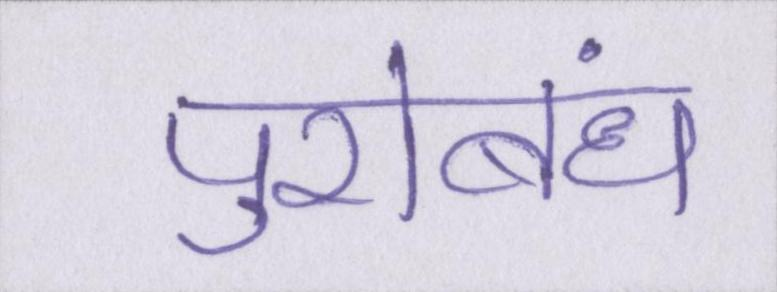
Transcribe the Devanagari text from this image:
पुरोबंध